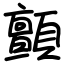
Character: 顫